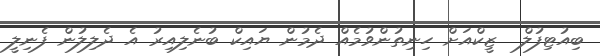
ބިއުޓިފުލް  ޒީކްއަށް ހިނިތުންވުމެއް ދެމުން ޔައިކް ބުނެލިއިރު އެ ދެލިލުން ފެނިލީ